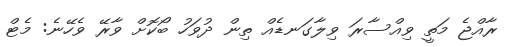
ރާއްޖެ މަތީ ވިއްސާރަ ވިލާގަނޑެއް ތިން ދުވަހު ބޯކޮށް ވާރޭ ވެހޭނެ: މެޓް